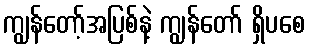
ကျွန်တော့်အပြစ်နဲ့ ကျွန်တော် ရှိပစေ